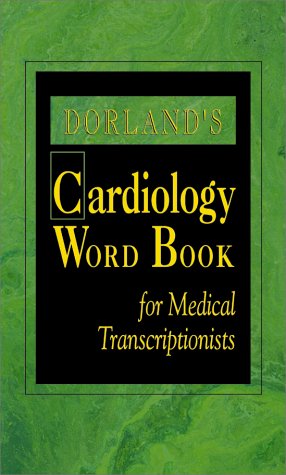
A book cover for Dorland's Cardiology Word Book for Medical Transcriptionist, 1e; Dorland; Medical Books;